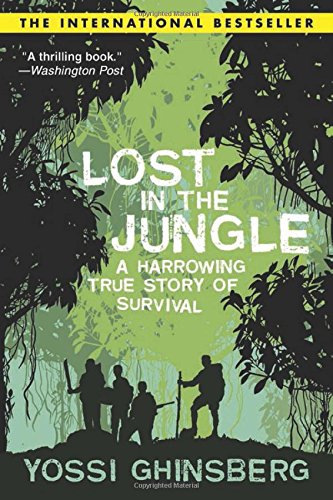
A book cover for Lost in the Jungle; Yossi Ghinsberg; Travel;